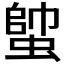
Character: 𧍓